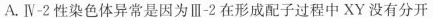
A.Ⅳ-2性染色体异常是因为Ⅲ-2在形成配子过程中XY没有分开